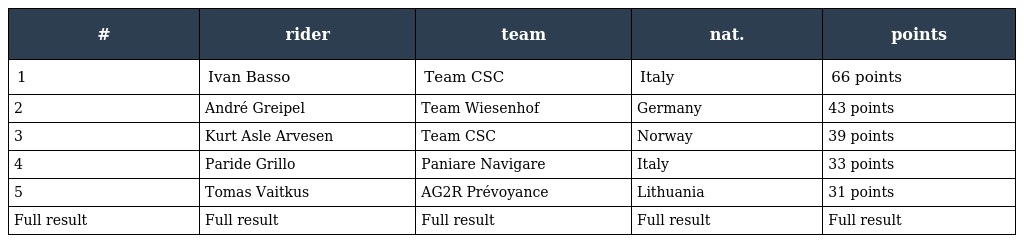
| # | rider | team | nat. | points |
 | --- | --- | --- | --- | --- |
 | 1 | Ivan Basso | Team CSC | Italy | 66 points |
 | 2 | André Greipel | Team Wiesenhof | Germany | 43 points |
 | 3 | Kurt Asle Arvesen | Team CSC | Norway | 39 points |
 | 4 | Paride Grillo | Paniare Navigare | Italy | 33 points |
 | 5 | Tomas Vaitkus | AG2R Prévoyance | Lithuania | 31 points |
 | Full result | Full result | Full result | Full result | Full result |